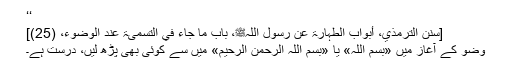
‘‘
[سنن الترمذي، أبواب الطہارۃ عن رسول اللہﷺ، باب ما جاء في التسمیۃ عند الوضوء، (25)]
وضو کے آغاز میں «بسم اللہ» یا «بسم اللہ الرحمن الرحیم» میں سے کوئی بھی پڑھ لیں، درست ہے۔